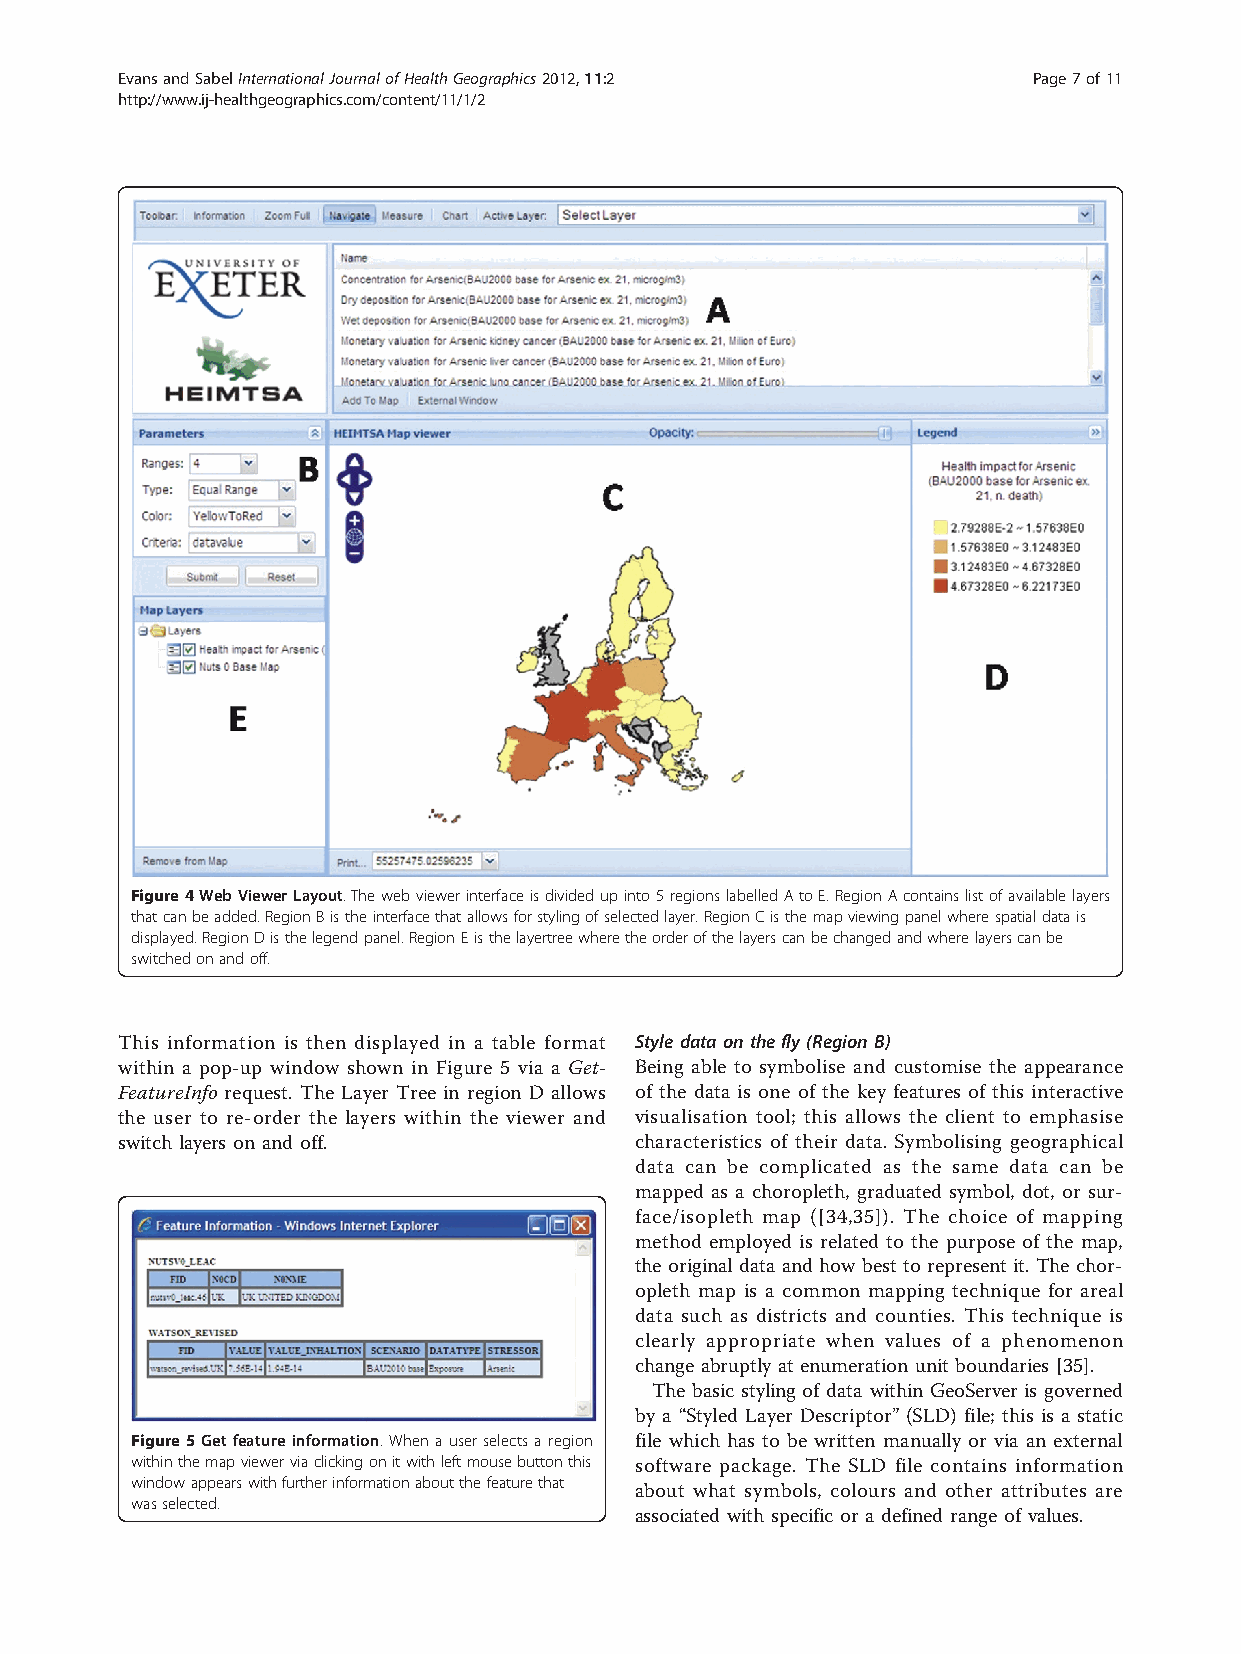
EvansandSabelInternationalJournalofHealthGeographics2012,11:2 Page7of11
 http://www.ij-healthgeographics.com/content/11/1/2
 Figure4WebViewerLayout.Thewebviewerinterfaceisdividedupinto5regionslabelledAtoE.RegionAcontainslistofavailablelayers
 thatcanbeadded.RegionBistheinterfacethatallowsforstylingofselectedlayer.RegionCisthemapviewingpanelwherespatialdatais
 displayed.RegionDisthelegendpanel.RegionEisthelayertreewheretheorderofthelayerscanbechangedandwherelayerscanbe
 switchedonandoff.
 This information is then displayed in a table format Style data on the fly (Region B)
 within a pop-up window shown in Figure 5 via a Get- Being able to symbolise and customise the appearance
 FeatureInfo request. The Layer Tree in region D allows of the data is one of the key features of this interactive
 the user to re-order the layers within the viewer and visualisation tool; this allows the client to emphasise
 switch layers on and off.         characteristics of their data. Symbolising geographical
 data can be complicated as the same data can be
 mapped as a choropleth, graduated symbol, dot, or sur-
 face/isopleth map ([34,35]). The choice of mapping
 method employed is related to the purpose of the map,
 the original data and how best to represent it. The chor-
 opleth map is a common mapping technique for areal
 data such as districts and counties. This technique is
 clearly appropriate when values of a phenomenon
 change abruptly at enumeration unit boundaries [35].
 The basic styling of data within GeoServer is governed
 by a “Styled Layer Descriptor” (SLD) file; this is a static
 Figure5Getfeatureinformation.Whena user selectsaregion file which has to be written manually or via an external
 withinthemapviewerviaclickingonitwithleftmousebuttonthis software package. The SLD file contains information
 windowappearswithfurtherinformationaboutthefeaturethat
 about what symbols, colours and other attributes are
 wasselected.
 associated with specific or a defined range of values.